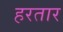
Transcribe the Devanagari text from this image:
हरतार